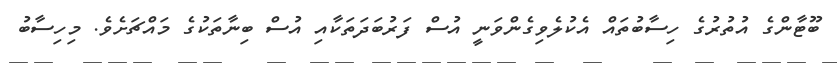
ބޫޓާންގެ އުތުރުގެ ހިސާބުތައް އެކުލެވިގެންވަނީ އުސް ފަރުބަދަތަކާއި އުސް ބިނާތަކުގެ މައްޗަށެވެ. މިހިސާބު